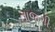
તાજગી